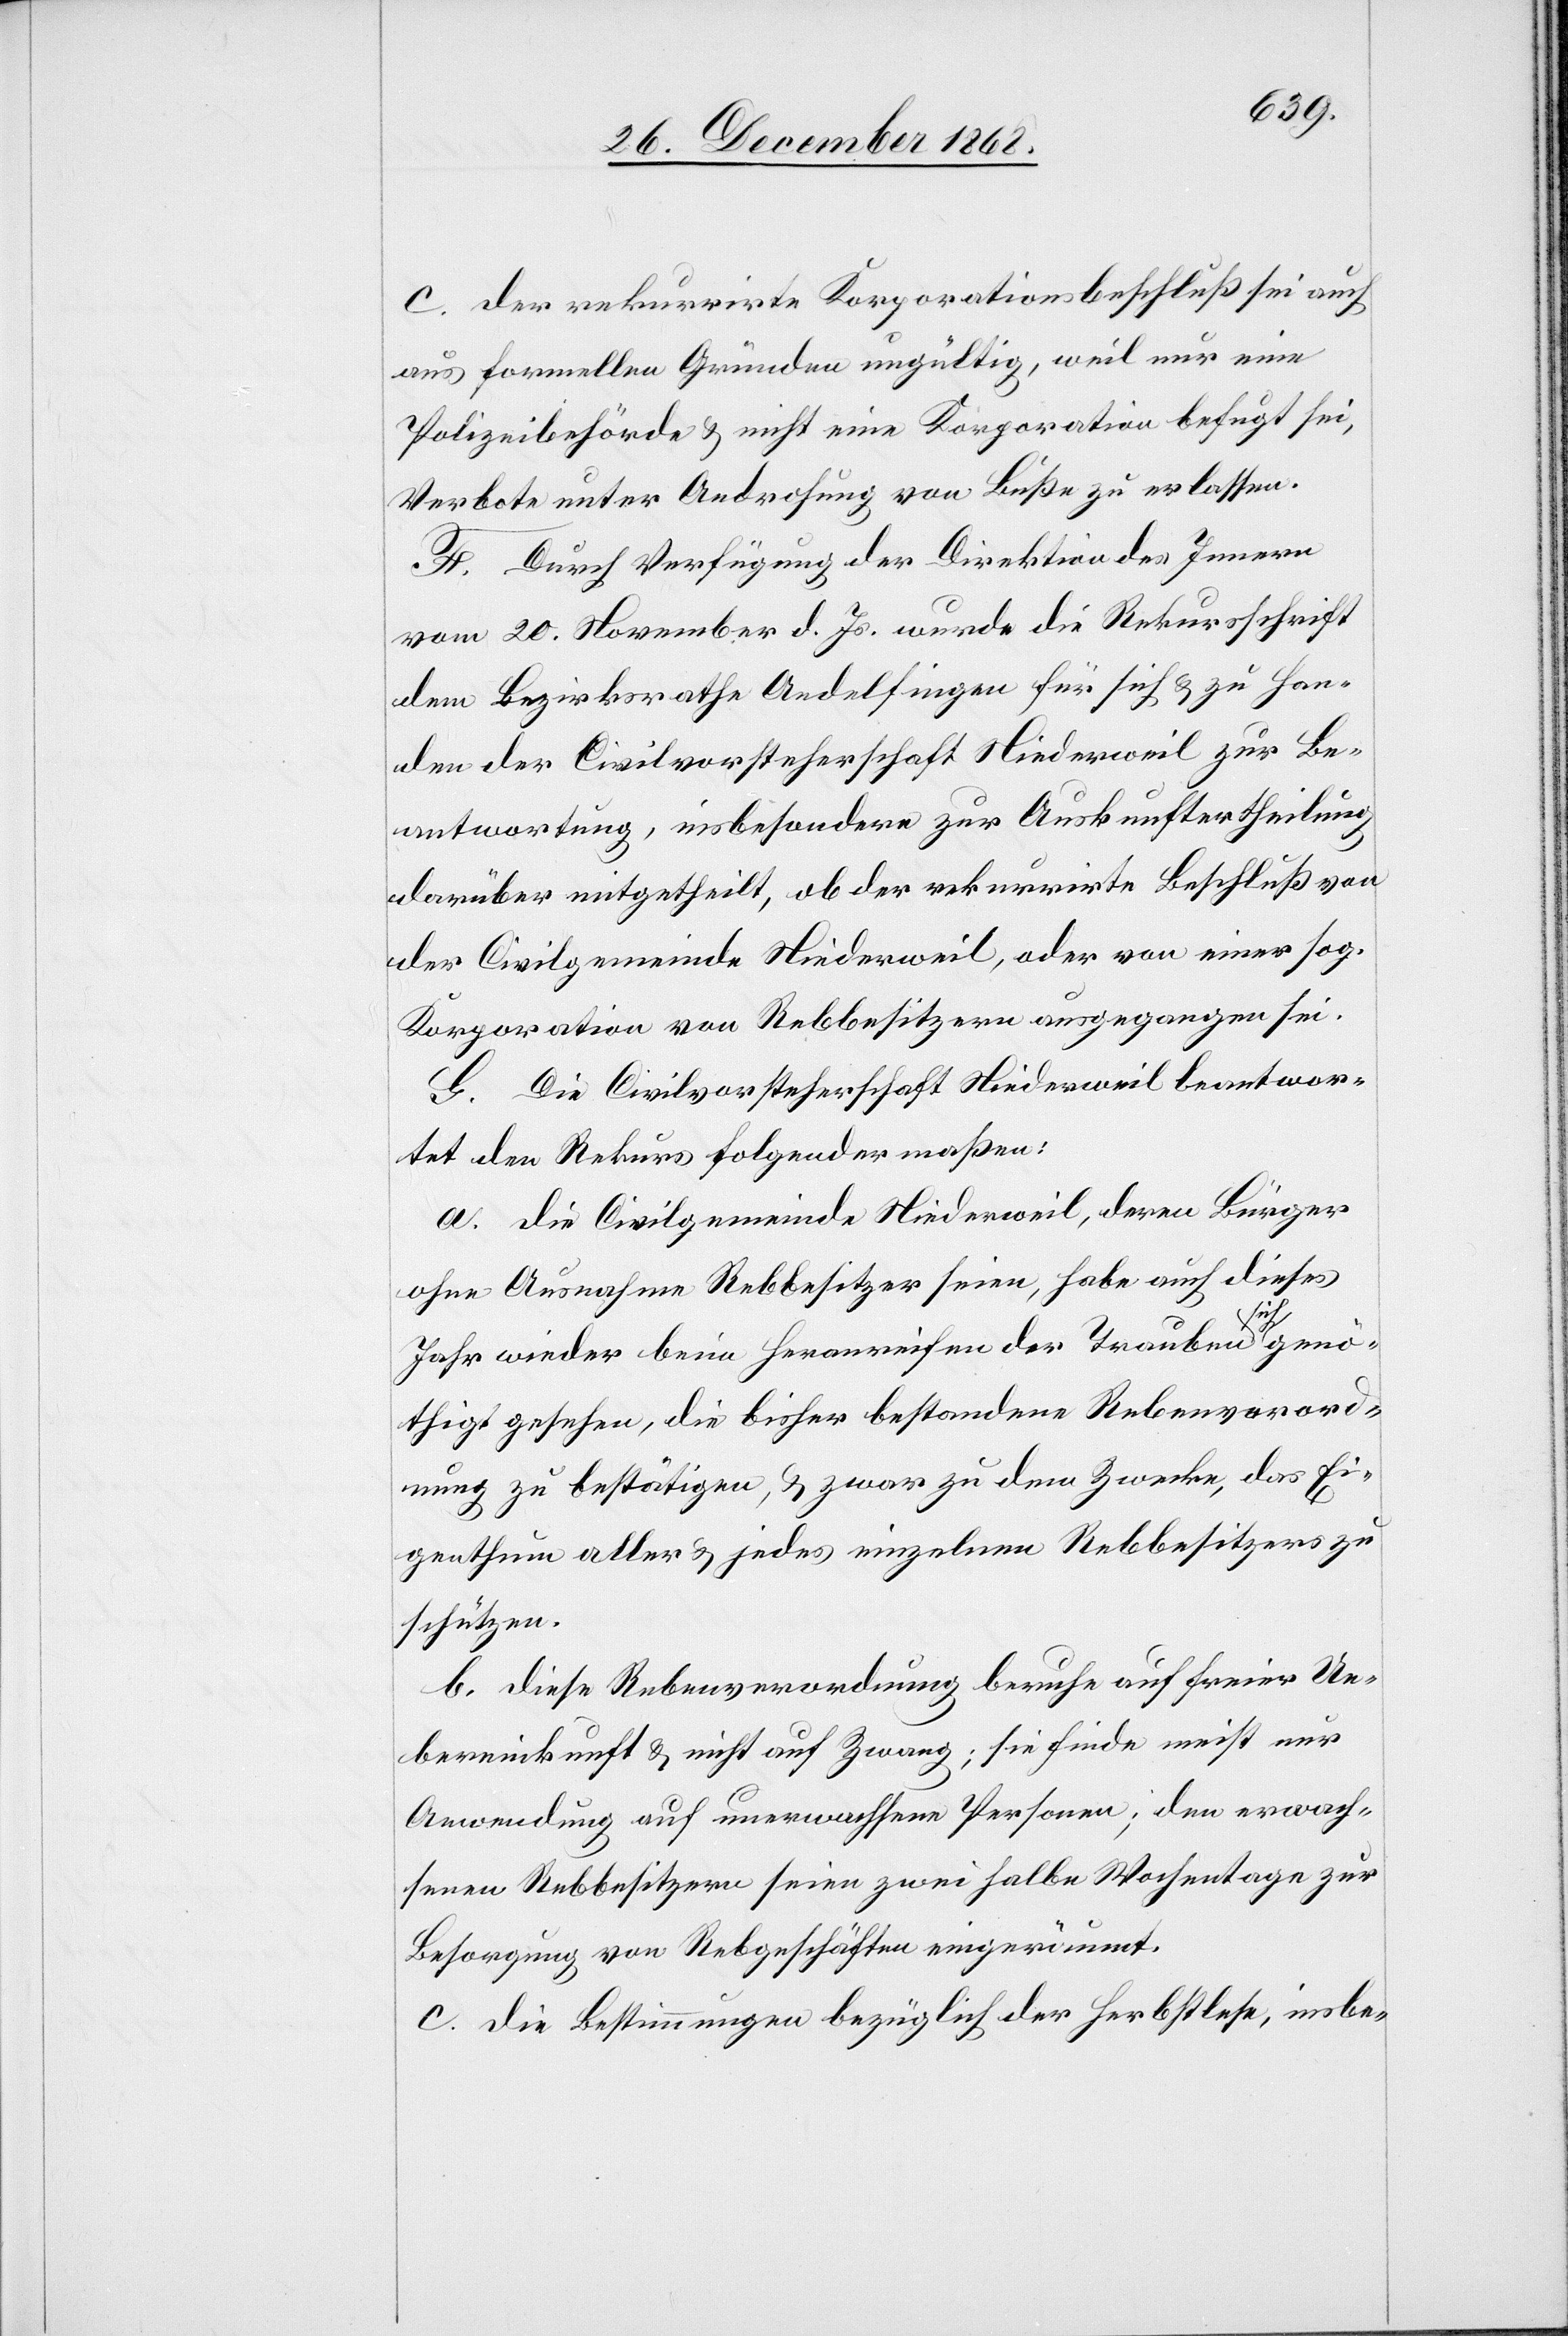
c. Der rekurrirte Korporationsbeschluß sei auch
aus formellen Gründen ungültig, weil nur eine
Polizeibehörde & nicht eine Korporation befugt sei,
Verbote unter Androhung von Buße zu erlassen.
F. Durch Verfügung der Direktion des Innern
vom 20. November d. Js. wurde die Rekursschrift
dem Bezirksrathe Andelfingen für sich & zu Han¬
den der Civilvorsteherschaft Niederweil zur Be¬
antwortung, insbesondere zur Auskunftertheilung
darüber mitgetheilt, ob der rekurrirte Beschluß von
der Civilgemeinde Niederweil, oder von einer sog.
Korporation von Rebbesitzern ausgegangen sei.
G. Die Civilvorsteherschaft Niederweil beantwor¬
tet den Rekurs folgendermaßen:
a. Die Civilgemeinde Niederweil, deren Bürger
ohne Ausnahme Rebbesitzer seien, habe auch dieses
Jahr wieder beim Heranreifen der Trauben sich genö¬
thigt gesehen, die bisher bestandene Rebenverord¬
nung zu bestätigen, & zwar zu dem Zwecke, das Ei¬
genthum aller & jedes einzelnen Rebbesitzers zu
schützen.
b. Diese Rebenverordnung beruhe auf freier Ue¬
bereinkunft & nicht auf Zwang; sie finde meist nur
Anwendung auf unerwachsene Personen; den erwach¬
senen Rebbesitzern seien zwei halbe Wochentage zur
Besorgung von Rebgeschäften eingeräumt.
c. Die Bestimmungen bezüglich der Herbstlese, insbe-